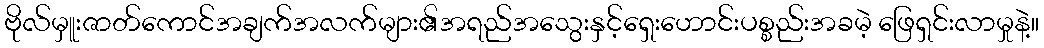
ဗိုလ်မှူးဇာတ်ကောင်အချက်အလက်များ၏အရည်အသွေးနှင့်ရှေးဟောင်းပစ္စည်းအခမဲ့ ဖြေရှင်းလာမှုနဲ့။